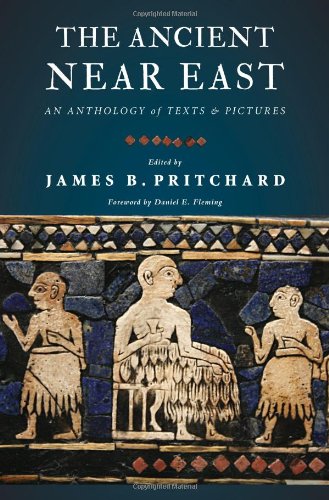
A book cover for The Ancient Near East: An Anthology of Texts and Pictures; Literature & Fiction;